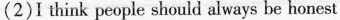
(2)I think people should always be honest